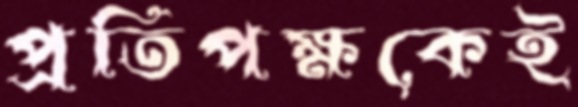
প্রতিপক্ষকেই